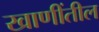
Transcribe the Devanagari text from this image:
खाणींतील